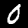
Digit: 0